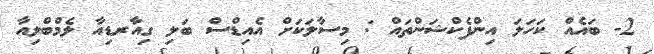
2- ބައެއް ކަހަލަ އިންފެކްޝަންތައް : މިސާލަކަށް އެއިޑްސް ބަލި ގިއާރޑިއާ ލެމްބްލިއާ